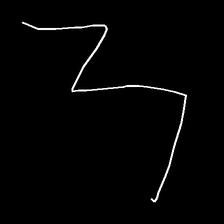
Glyph: crush